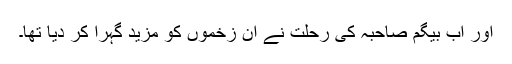
اور اب بیگم صاحبہ کی رحلت نے ان زخموں کو مزید گہرا کر دیا تھا۔